Leprosy in India: report of the Leprosy Commission in India, 1890-91
Year: 1890
Disease focus: Leprosy
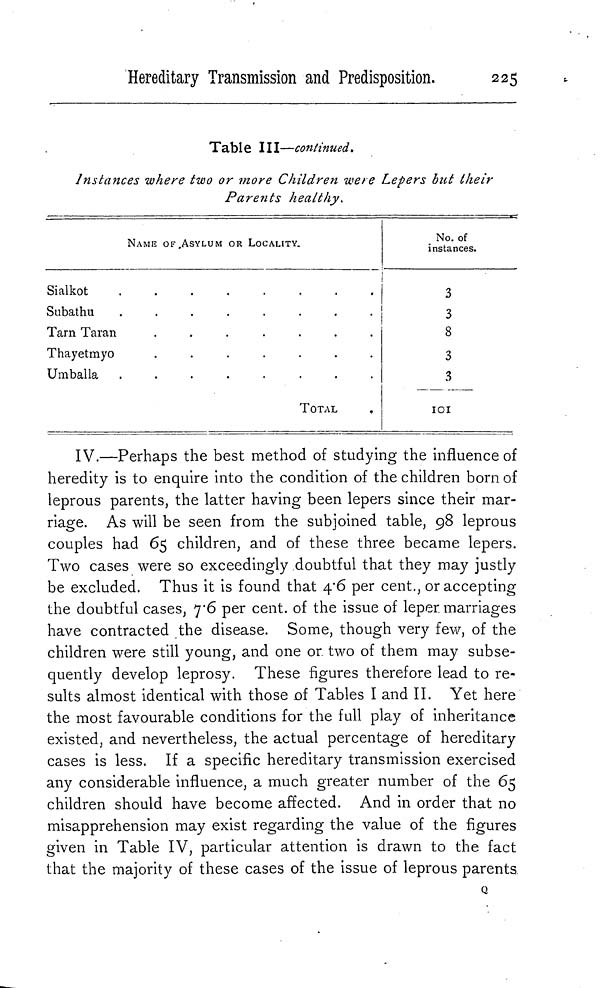
Hereditary Transmission and Predisposition.
225
Table III—continued.
Instances where two or more Children were Lepers but their
Parents healthy.
NAME OF ASYLUM OR LOCALITY.
S i a l k o t
S u b a t h u
T a r n T a r a n
.......
T h a y e t m y o
.......
U m b a l l a
........
TOTAL
No. of
instances.
3
3
8
3
3
101
IV.—Perhaps the best method of studying the influence of
heredity is to enquire into the condition of the children born of
leprous parents, the latter having been lepers since their mar-
riage. As will be seen from the subjoined table, 98 leprous
couples had 65 children, and of these three became lepers.
Two cases were so exceedingly doubtful that they may justly
be excluded. Thus it is found that 4.6 per cent., or accepting
the doubtful cases, 7'6 per cent. of the issue of leper marriages
have contracted the disease. Some, though very few, of the
children were still young, and one or two of them may subse-
quently develop leprosy. These figures therefore lead to re-
sults almost identical with those of Tables I and II. Yet here
the most favourable conditions for the full play of inheritance
existed, and nevertheless, the actual percentage of hereditary
cases is less. If a specific hereditary transmission exercised
any considerable influence, a much greater number of the 65
children should have become affected. And in order that no
misapprehension may exist regarding the value of the figures
given in Table IV, particular attention is drawn to the fact
that the majority of these cases of the issue of leprous parents
Q